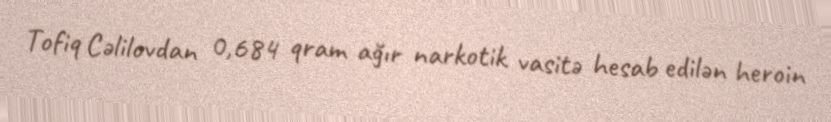
Tofiq Cəlilovdan 0,684 qram ağır narkotik vasitə hesab edilən heroin